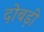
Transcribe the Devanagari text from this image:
दोबड़ी